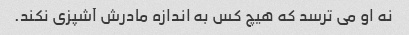
نه او می ترسد که هیچ کس به اندازه مادرش آشپزی نکند.